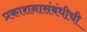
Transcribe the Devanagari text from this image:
प्रकाशनासंबंधीची